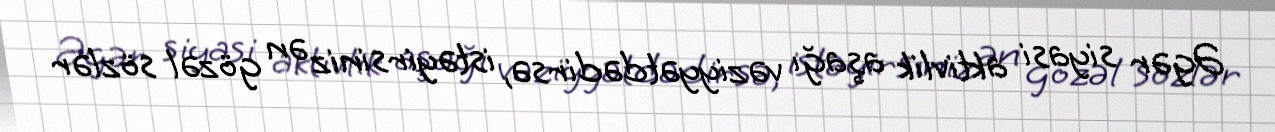
Əgər siyasi aktivlik aşağı vəziyyətdədirsə, istəyirsiniz ən gözəl sözlər